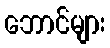
ဘောင်များ